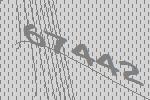
67442